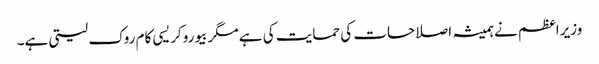
وزیراعظم نے ہمیشہ اصلاحات کی حمایت کی ہے مگر بیوروکریسی کام روک لیتی ہے۔